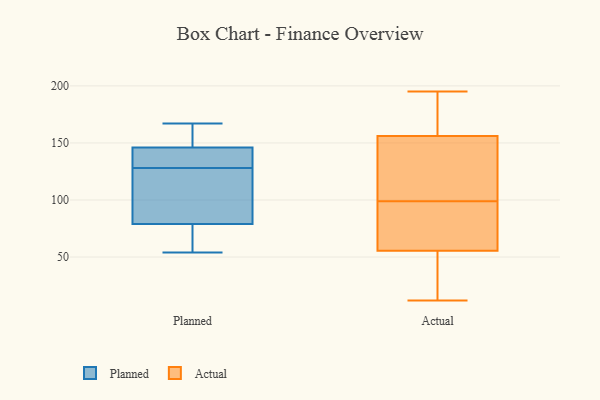
{"axis": {"x": "LTV (USD)", "y": "Value"}, "legend": ["Actual", "Planned"], "data": [{"x": "", "y": 87, "type": "Planned"}, {"x": "", "y": 76, "type": "Planned"}, {"x": "", "y": 54, "type": "Planned"}, {"x": "", "y": 79, "type": "Planned"}, {"x": "", "y": 167, "type": "Planned"}, {"x": "", "y": 146, "type": "Planned"}, {"x": "", "y": 146, "type": "Planned"}, {"x": "", "y": 143, "type": "Planned"}, {"x": "", "y": 121, "type": "Planned"}, {"x": "", "y": 135, "type": "Planned"}, {"x": "", "y": 195, "type": "Actual"}, {"x": "", "y": 99, "type": "Actual"}, {"x": "", "y": 104, "type": "Actual"}, {"x": "", "y": 79, "type": "Actual"}, {"x": "", "y": 28, "type": "Actual"}, {"x": "", "y": 161, "type": "Actual"}, {"x": "", "y": 79, "type": "Actual"}, {"x": "", "y": 187, "type": "Actual"}, {"x": "", "y": 69, "type": "Actual"}, {"x": "", "y": 134, "type": "Actual"}, {"x": "", "y": 141, "type": "Actual"}, {"x": "", "y": 14, "type": "Actual"}, {"x": "", "y": 51, "type": "Actual"}, {"x": "", "y": 12, "type": "Actual"}, {"x": "", "y": 187, "type": "Actual"}]}